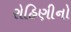
રોહિણીનો